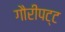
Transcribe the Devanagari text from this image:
गौरीपट्ट